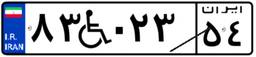
۸۳W۰۲۳۵۴